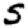
Digit: 5